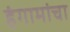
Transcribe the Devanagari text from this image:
हंगामांचा